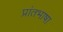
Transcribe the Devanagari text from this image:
प्रांतभाषा